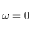
\omega = 0